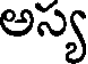
అస్య